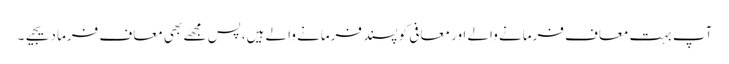
آپ بہت معاف فرمانے والے اور معافی کو پسند فرمانے والے ہیں،پس مجھے بھی معاف فرما دیجیے۔